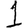
Digit: 1